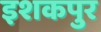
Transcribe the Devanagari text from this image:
इशकपुर